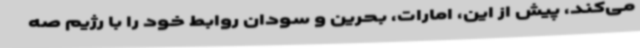
می‌کند، پیش از این، امارات، بحرین و سودان روابط خود را با رژیم صه